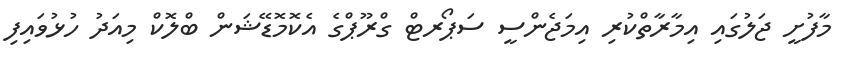
މާފުށީ ޖަލުގައި އިމާރާތްކުރި އިމަޖެންސީ ސަޕޯރޓް ގްރޫޕްގެ އެކޮމޮޑޭޝަން ބްލޮކް މިއަދު ހުޅުވައިފި